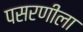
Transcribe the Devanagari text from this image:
पसरणीला